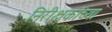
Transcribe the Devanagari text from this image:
निरीक्षकांच्या